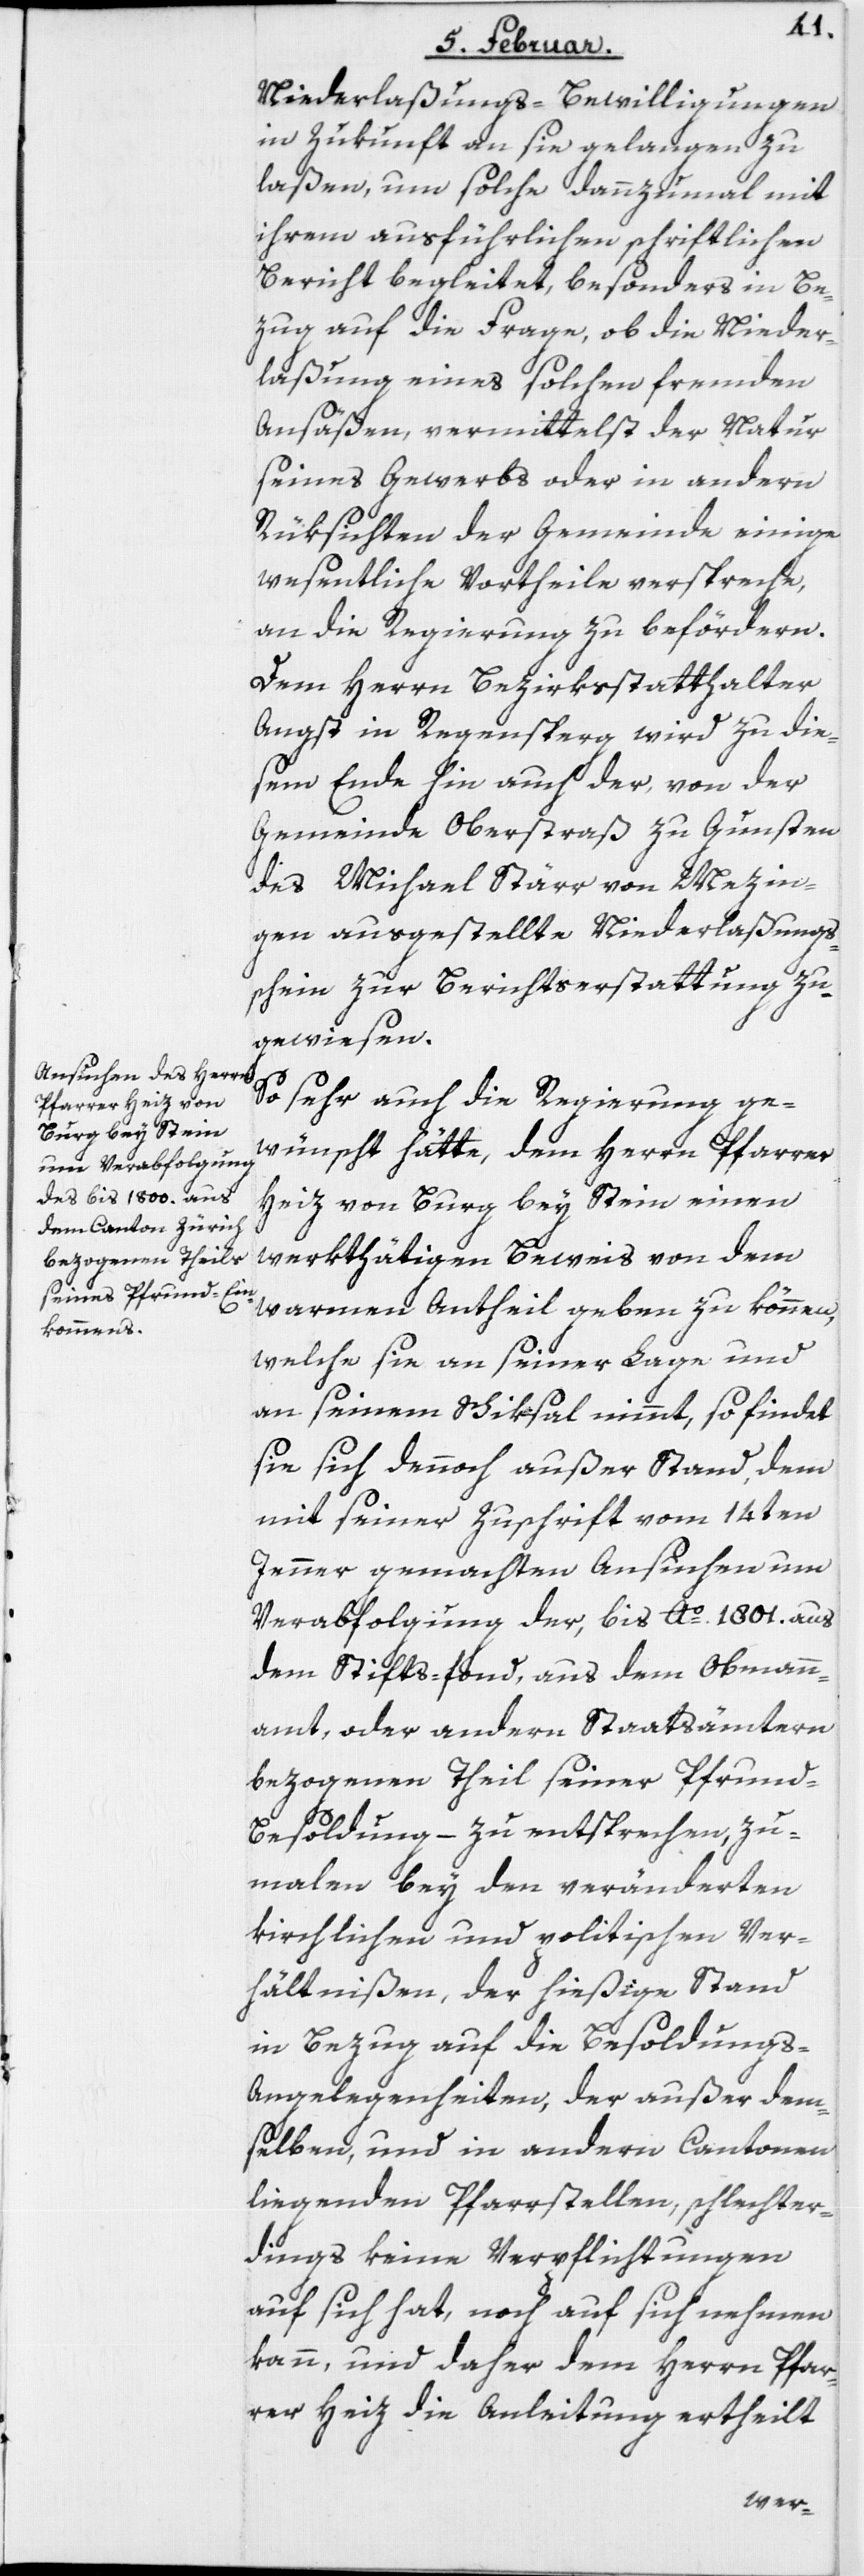
Niederlaßungs-Bewilligungen
in Zukunft an sie gelangen zu
laßen, um solche dannzumal mit
ihrem ausführlichen schriftlichen
Bericht begleitet, besonders in Be¬
zug auf die Frage, ob die Nieder¬
laßung eines solchen fremden
Ansäßen, vermittelst der Natur
seines Gewerbs oder in andern
Rüksichten der Gemeinde einige
wesentliche Vortheile verspreche,
an die Regierung zu befördern.
Dem Herrn Bezirksstatthalter
Angst in Regensperg wird zu die¬
sem Ende hin auch der, von der
Gemeinde Oberstraß zu Gunsten
des Michael Stärr von Mezin¬
gen ausgestellte Niederlaßungss¬
chein zur Berichtserstattung zu¬
gewiesen.
So sehr auch die Regierung ge¬
wünscht hätte, dem Herrn Pfarrer
Heiz von Burg bey Stein einen
werkthätigen Beweis von dem
warmen Antheil geben zu können,
welche sie an seiner Lage und
an seinem Schiksal nimmt, so findet
sie sich dennoch außer Stand, dem
mit seiner Zuschrift vom 14ten
Jenner gemachten Ansuchen um
Verabfolgung der, bis Ao. 1801. aus
dem Stifts-fond, aus dem Obmann¬
amt, oder andern Staatsämtern
bezogenen Theil seiner Pfrun¬
d-Besoldung – zu entsprechen, zu¬
malen bey den veränderten
kirchlichen und politischen Ver¬
hältnißen, der hießige Stand
in Bezug auf die Besoldung¬
s-Angelegenheiten, der außer dem¬
selben, und in andern Cantonen
liegenden Pfarrstellen, schlechter¬
dings keine Verpflichtungen
auf sich hat, noch auf sich nehmen
kann, und daher dem Herrn Pfar¬
rer Heiz die Anleitung ertheilt